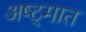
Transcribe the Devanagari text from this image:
अष्ट्मात